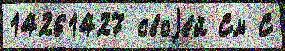
14261427 своjе́й См С